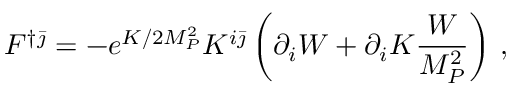
F ^ { \dagger \bar { \jmath } } = - e ^ { K / 2 M _ { P } ^ { 2 } } K ^ { i \bar { \jmath } } \left( \partial _ { i } W + \partial _ { i } K \frac { W } { M _ { P } ^ { 2 } } \right) \, ,